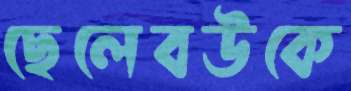
ছেলেবউকে